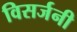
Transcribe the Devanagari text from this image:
विसर्जनी